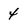
Character: 4